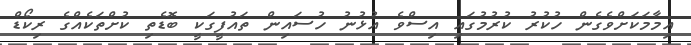
އިމާމަކަށްވެގެން ހުކުރު ކުރުމުގައި އިސްވެ އުޅުނު ހުސައިން ތައުފީގަކީ ބޮޑެތި ކުށްތަކެއްގެ ރިކޯޑް